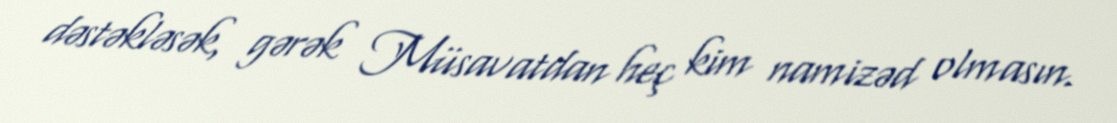
dəstəkləsək, gərək Müsavatdan heç kim namizəd olmasın.